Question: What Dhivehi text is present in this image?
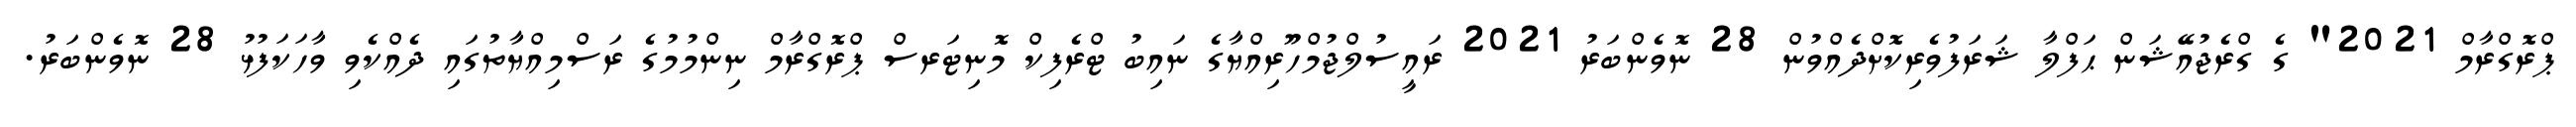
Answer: ޕްރޮގްރާމް 2021" ގެ ގްރެޖުއޭޝަން ޙަފްލާ ޝަރަފުވެރިކޮށްދެއްވުން 28 ނޮވެންބަރު 2021 ރައީސުލްޖުމްހޫރިއްޔާގެ ނައިބު ޓްރެފިކް މޮނިޓަރސް ޕްރޮގްރާމް ނިންމުމުގެ ރަސްމިއްޔާތުގައި ދެއްކެވި ވާހަކަފުޅު 28 ނޮވެންބަރު.